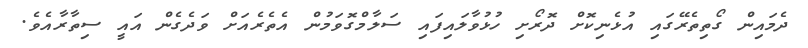
ދެމައިން ގޯތިތެރޭގައި އުޅެނިކޮށް ދޮރޯށި ހުޅުވާލައިފައި ސަލާމްގޮވަމުން އެތެރެއަށް ވަދެގެން އައީ ސިތާރާއެވެ.